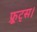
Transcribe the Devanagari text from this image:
फ्रूट्स।